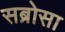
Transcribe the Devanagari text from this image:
सब्रोसा